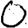
Digit: 0